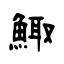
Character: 鯫